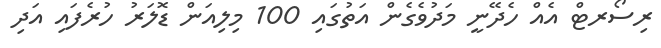
ރިސޯރޓް އެއް ހެދޭނީ މަދުވެގެން އަތުގައި 100 މިލިއަން ޑޮލަރު ހުރެފައި އަދި